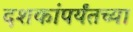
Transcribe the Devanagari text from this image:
दशकांपर्यंतच्या